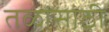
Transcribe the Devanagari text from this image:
तळांसाठी